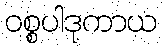
ဝစ္စပါဒုကာယ